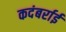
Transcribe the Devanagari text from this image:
कदंबर्राई